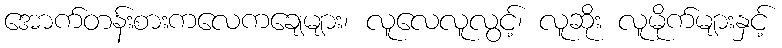
အောက်တန်းစားကလေကချေများ၊ လူလေလူလွင့်၊ လူဆိုး လူမိုက်များနှင့်